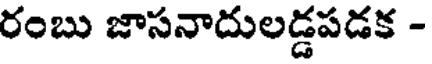
రంబు జాసనాదులడ్డపడక -